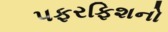
પફરફિશનો